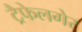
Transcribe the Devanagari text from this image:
ट्रैफेलगेर